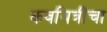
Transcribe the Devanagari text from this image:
कवयित्रींचा